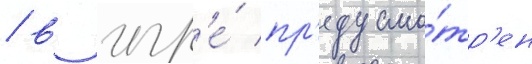
/ в игр'е́ пр'едусмо́тр'ен